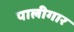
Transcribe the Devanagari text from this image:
पालीगार